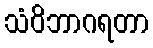
သံဝိဘာဂရတာ